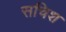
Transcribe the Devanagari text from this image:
सचिश